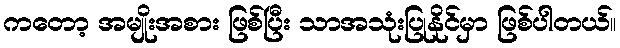
ကတော့ အမျိုးအစား ဖြစ်ပြီး သာအသုံးပြုနိုင်မှာ ဖြစ်ပါတယ်။